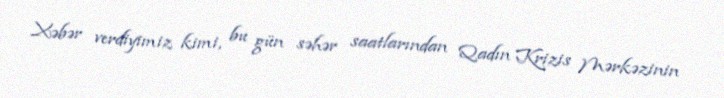
Xəbər verdiyimiz kimi, bu gün səhər saatlarından Qadın Krizis Mərkəzinin